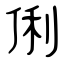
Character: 俐